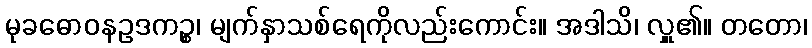
မုခဓောဝနဥဒကဉ္စ၊ မျက်နှာသစ်ရေကိုလည်းကောင်း။ အဒါသိ၊ လှူ၏။ တတော၊